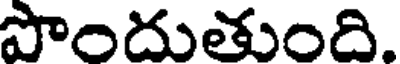
పొందుతుంది.